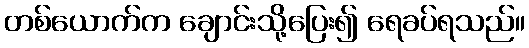
တစ်ယောက်က ချောင်းသို့ပြေး၍ ရေခပ်ရသည်။